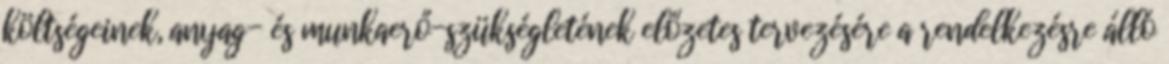
költségeinek, anyag- és munkaerő-szükségletének előzetes tervezésére a rendelkezésre álló